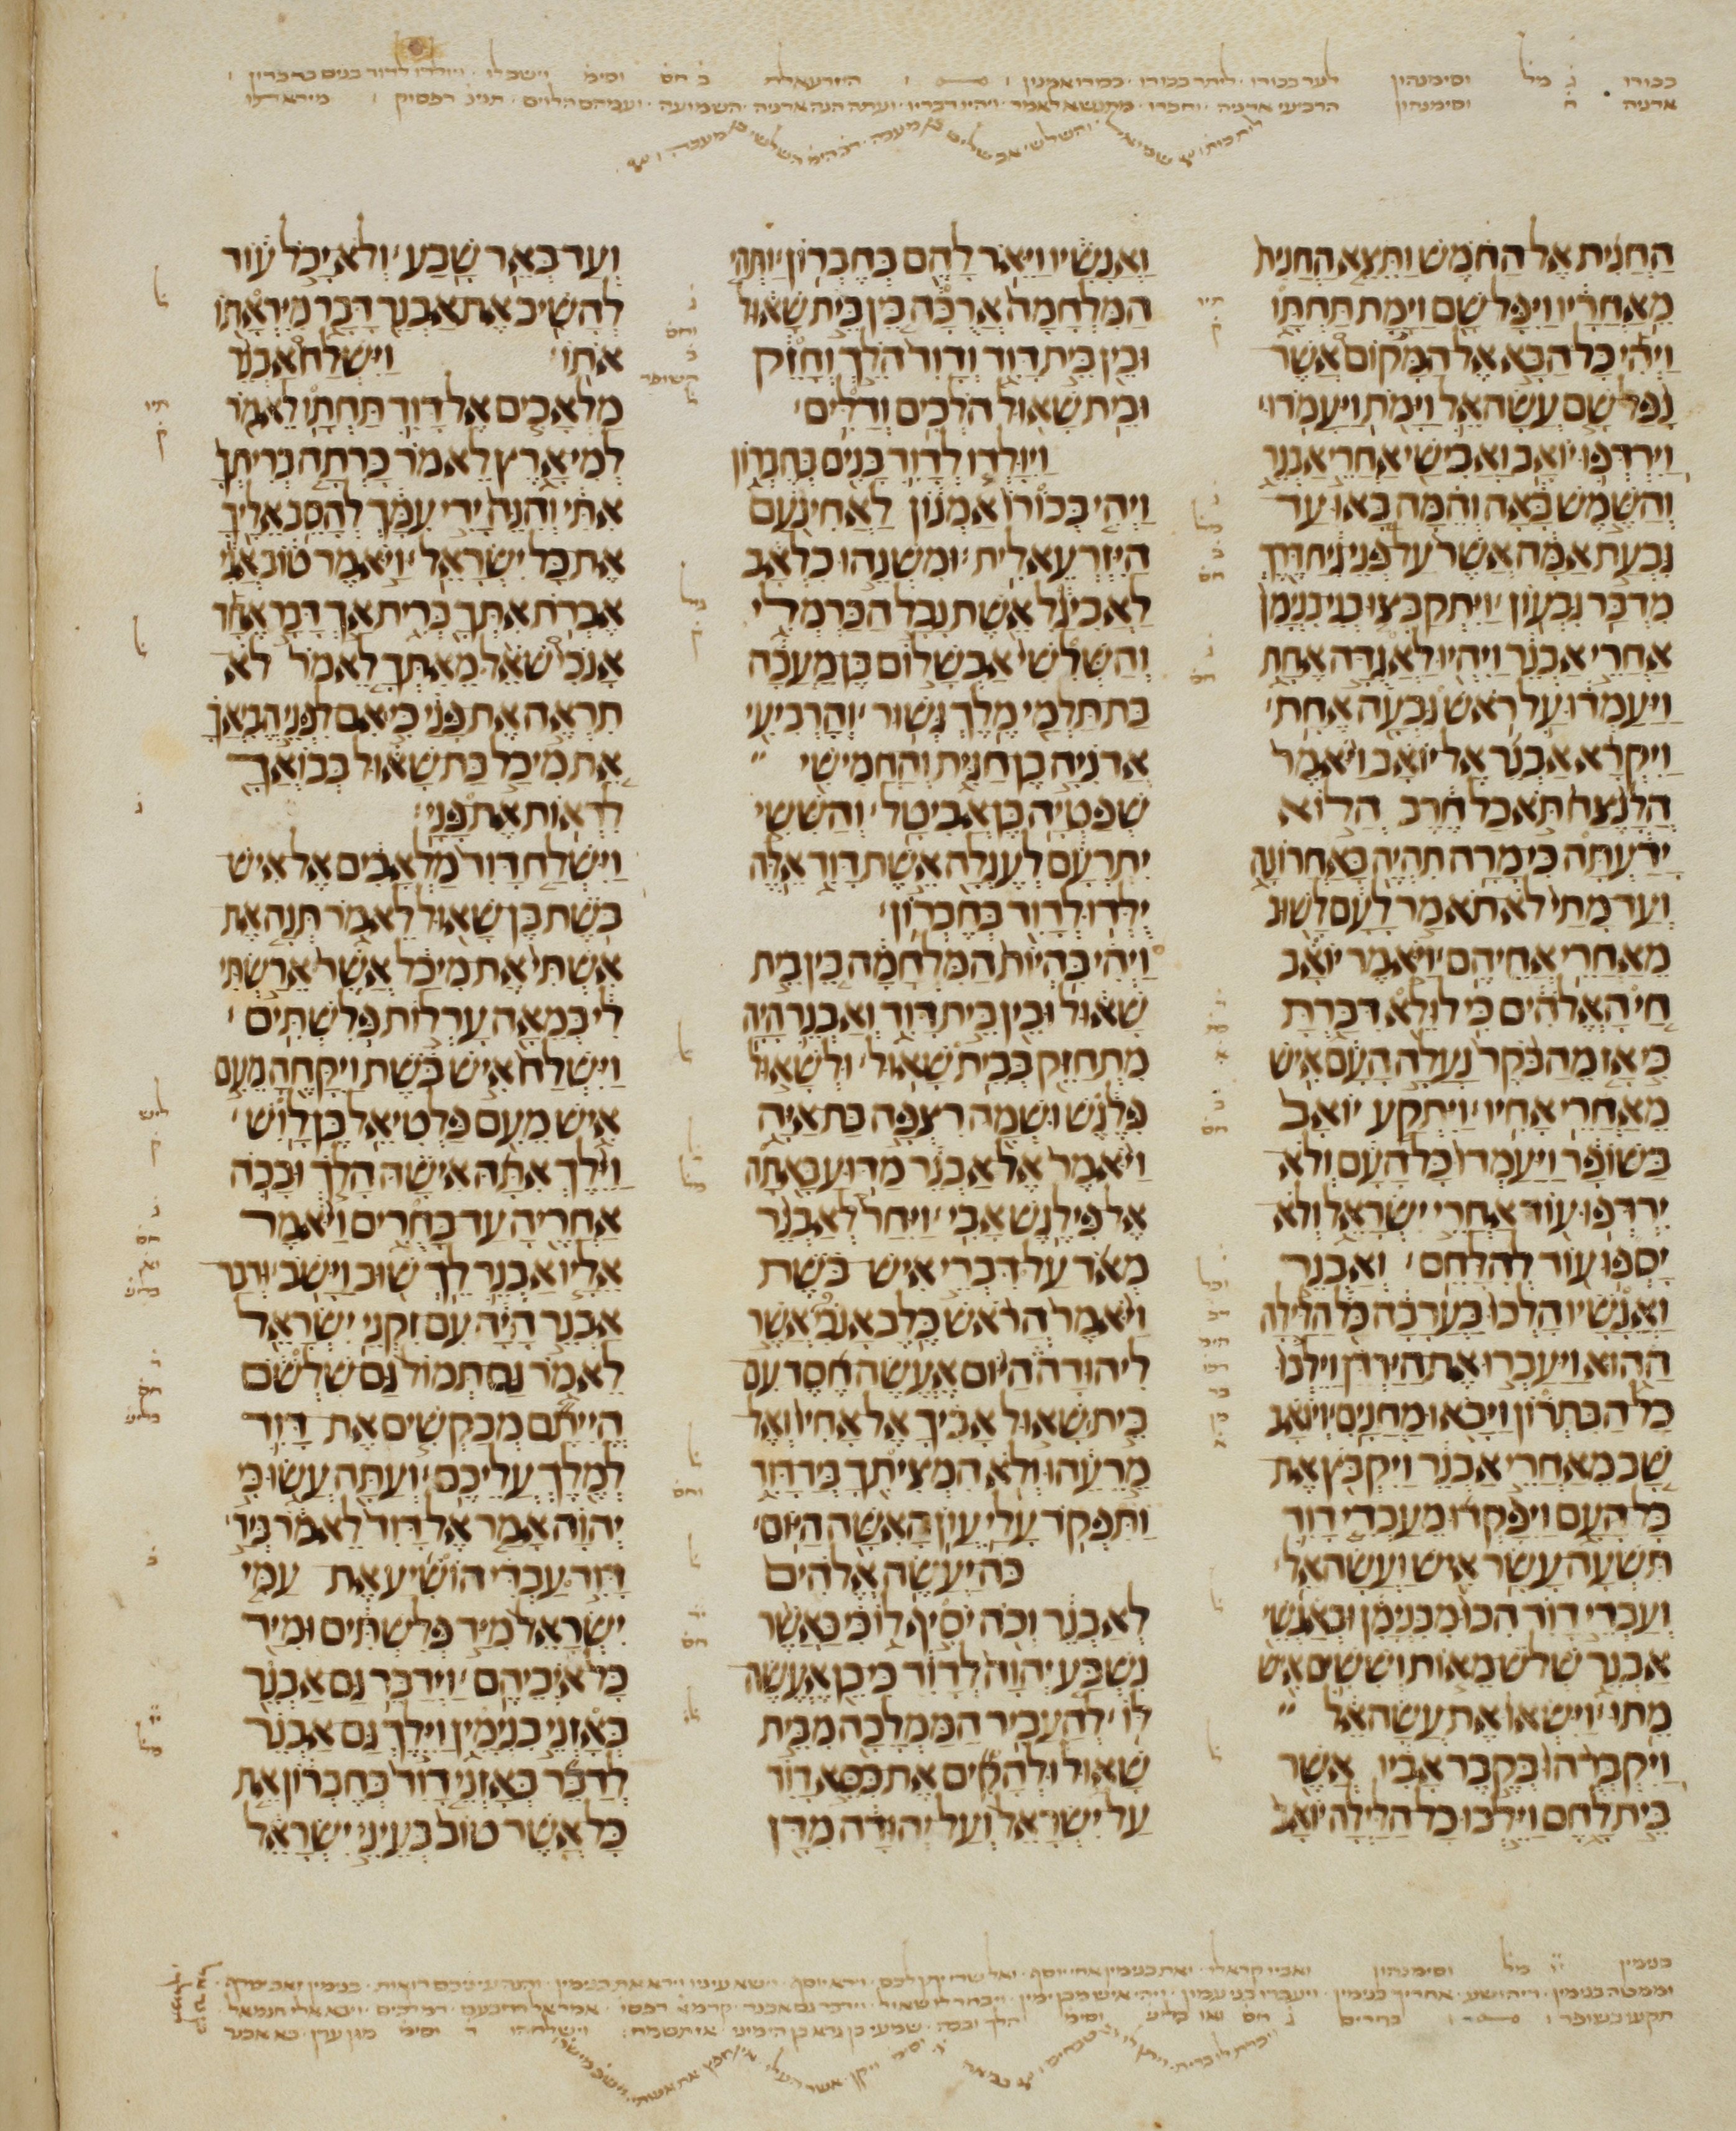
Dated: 1200–1299